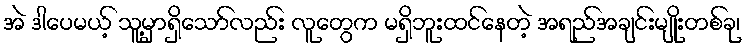
အဲ ဒါပေမယ့် သူ့မှာရှိသော်လည်း လူတွေက မရှိဘူးထင်နေတဲ့ အရည်အချင်းမျိုးတစ်ခု၊